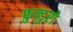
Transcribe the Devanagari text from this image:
फुन्डुरो